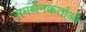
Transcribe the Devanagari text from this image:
समर्थनकर्ताओं